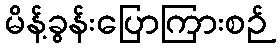
မိန့်ခွန်းပြောကြားစဉ်